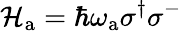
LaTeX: \mathcal{H}_{\mathrm{{a}}}=\hbar\omega_{\mathrm{{a}}}\sigma^{\dagger}\sigma^{-}